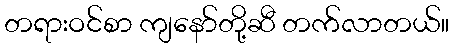
တရားဝင်စာ ကျနော်တို့ဆီ တက်လာတယ်။